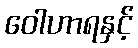
ဝေါဟာရနှင့်